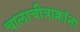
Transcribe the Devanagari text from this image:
चालाचीत्राक्रांना